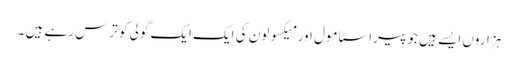
ہزاروں ایسے ہیں جو پیراسٹا مول اور میکسولون کی ایک ایک گولی کو ترس رہے ہیں ۔